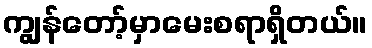
ကျွန်တော့်မှာမေးစရာရှိတယ်။